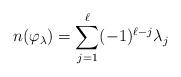
LaTeX: \begin{align*}n(\varphi_\lambda)=\sum_{j=1}^\ell (-1)^{\ell-j} \lambda_j\end{align*}